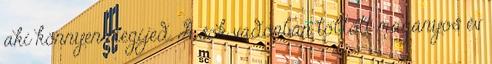
aki könnyen megijed. A sok vadonban töltött magányos év